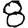
Digit: 8